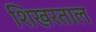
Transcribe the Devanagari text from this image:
शिखरताल